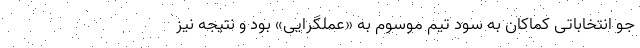
جوِ انتخاباتی کماکان به سود تیم موسوم به «عملگرایی» بود و نتیجه نیز